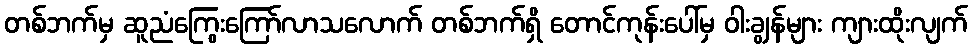
တစ်ဘက်မှ ဆူညံကြွေးကြော်လာသလောက် တစ်ဘက်ရှိ တောင်ကုန်းပေါ်မှ ဝါးချွန်များ ကျားထိုးလျက်